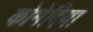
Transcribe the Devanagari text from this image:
कोमेदिया